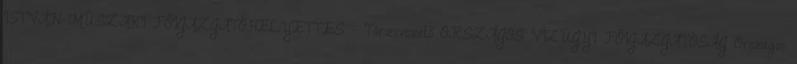
ISTVÁN MŰSZAKI FŐIGAZGATÓHELYETTES - Törzsvezető ORSZÁGOS VÍZÜGYI FŐIGAZGATÓSÁG Országos